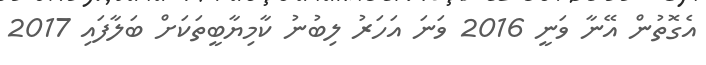
އެގޮތުން އޭނާ ވަނީ 2016 ވަނަ އަހަރު ލިބުނު ކާމިޔާބީތަކަށް ބަލާފައި 2017